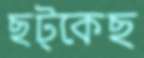
ছট্‌কেছ